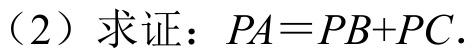
（2）求证：\(PA = PB + PC\).